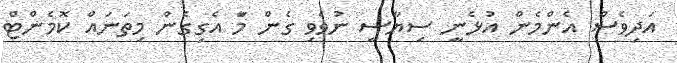
އަދިވެސް އެންމެން އުޅެނީ ސިޔާސީ ނުވެވި ގެން މަާ އެގިގެން މިތަނައް ކޮމެންޓް